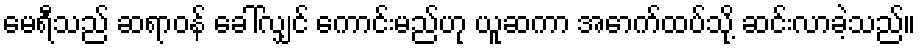
မေရီသည် ဆရာဝန် ခေါ်လျှင် ကောင်းမည်ဟု ယူဆကာ အောက်ထပ်သို့ ဆင်းလာခဲ့သည်။